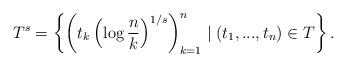
\begin{align*}T^s = \left\{ \left( t_k \left(\log{\frac{n}{k}}\right)^{1/s} \right)_{k=1}^n \mid (t_1,...,t_n) \in T \right\}.\end{align*}